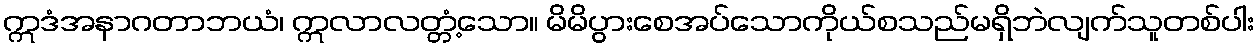
ဣဒံအနာဂတာဘယံ၊ ဣလာလတ္တံ့သော။ မိမိပွားစေအပ်သောကိုယ်စသည်မရှိဘဲလျက်သူတစ်ပါး